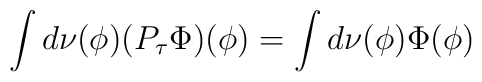
\int d\nu(\phi) (P_{\tau}\Phi)(\phi) = \int d\nu(\phi)\Phi(\phi)